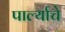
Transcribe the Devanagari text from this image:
पार्ल्याचे